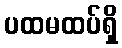
ပထမထပ်ရှိ